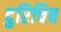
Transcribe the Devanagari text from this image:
दुरिचिच